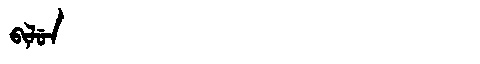
Manchu: ᠪᡳᠯᡠᠨ
Romanization: BILUN